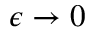
\epsilon \to 0